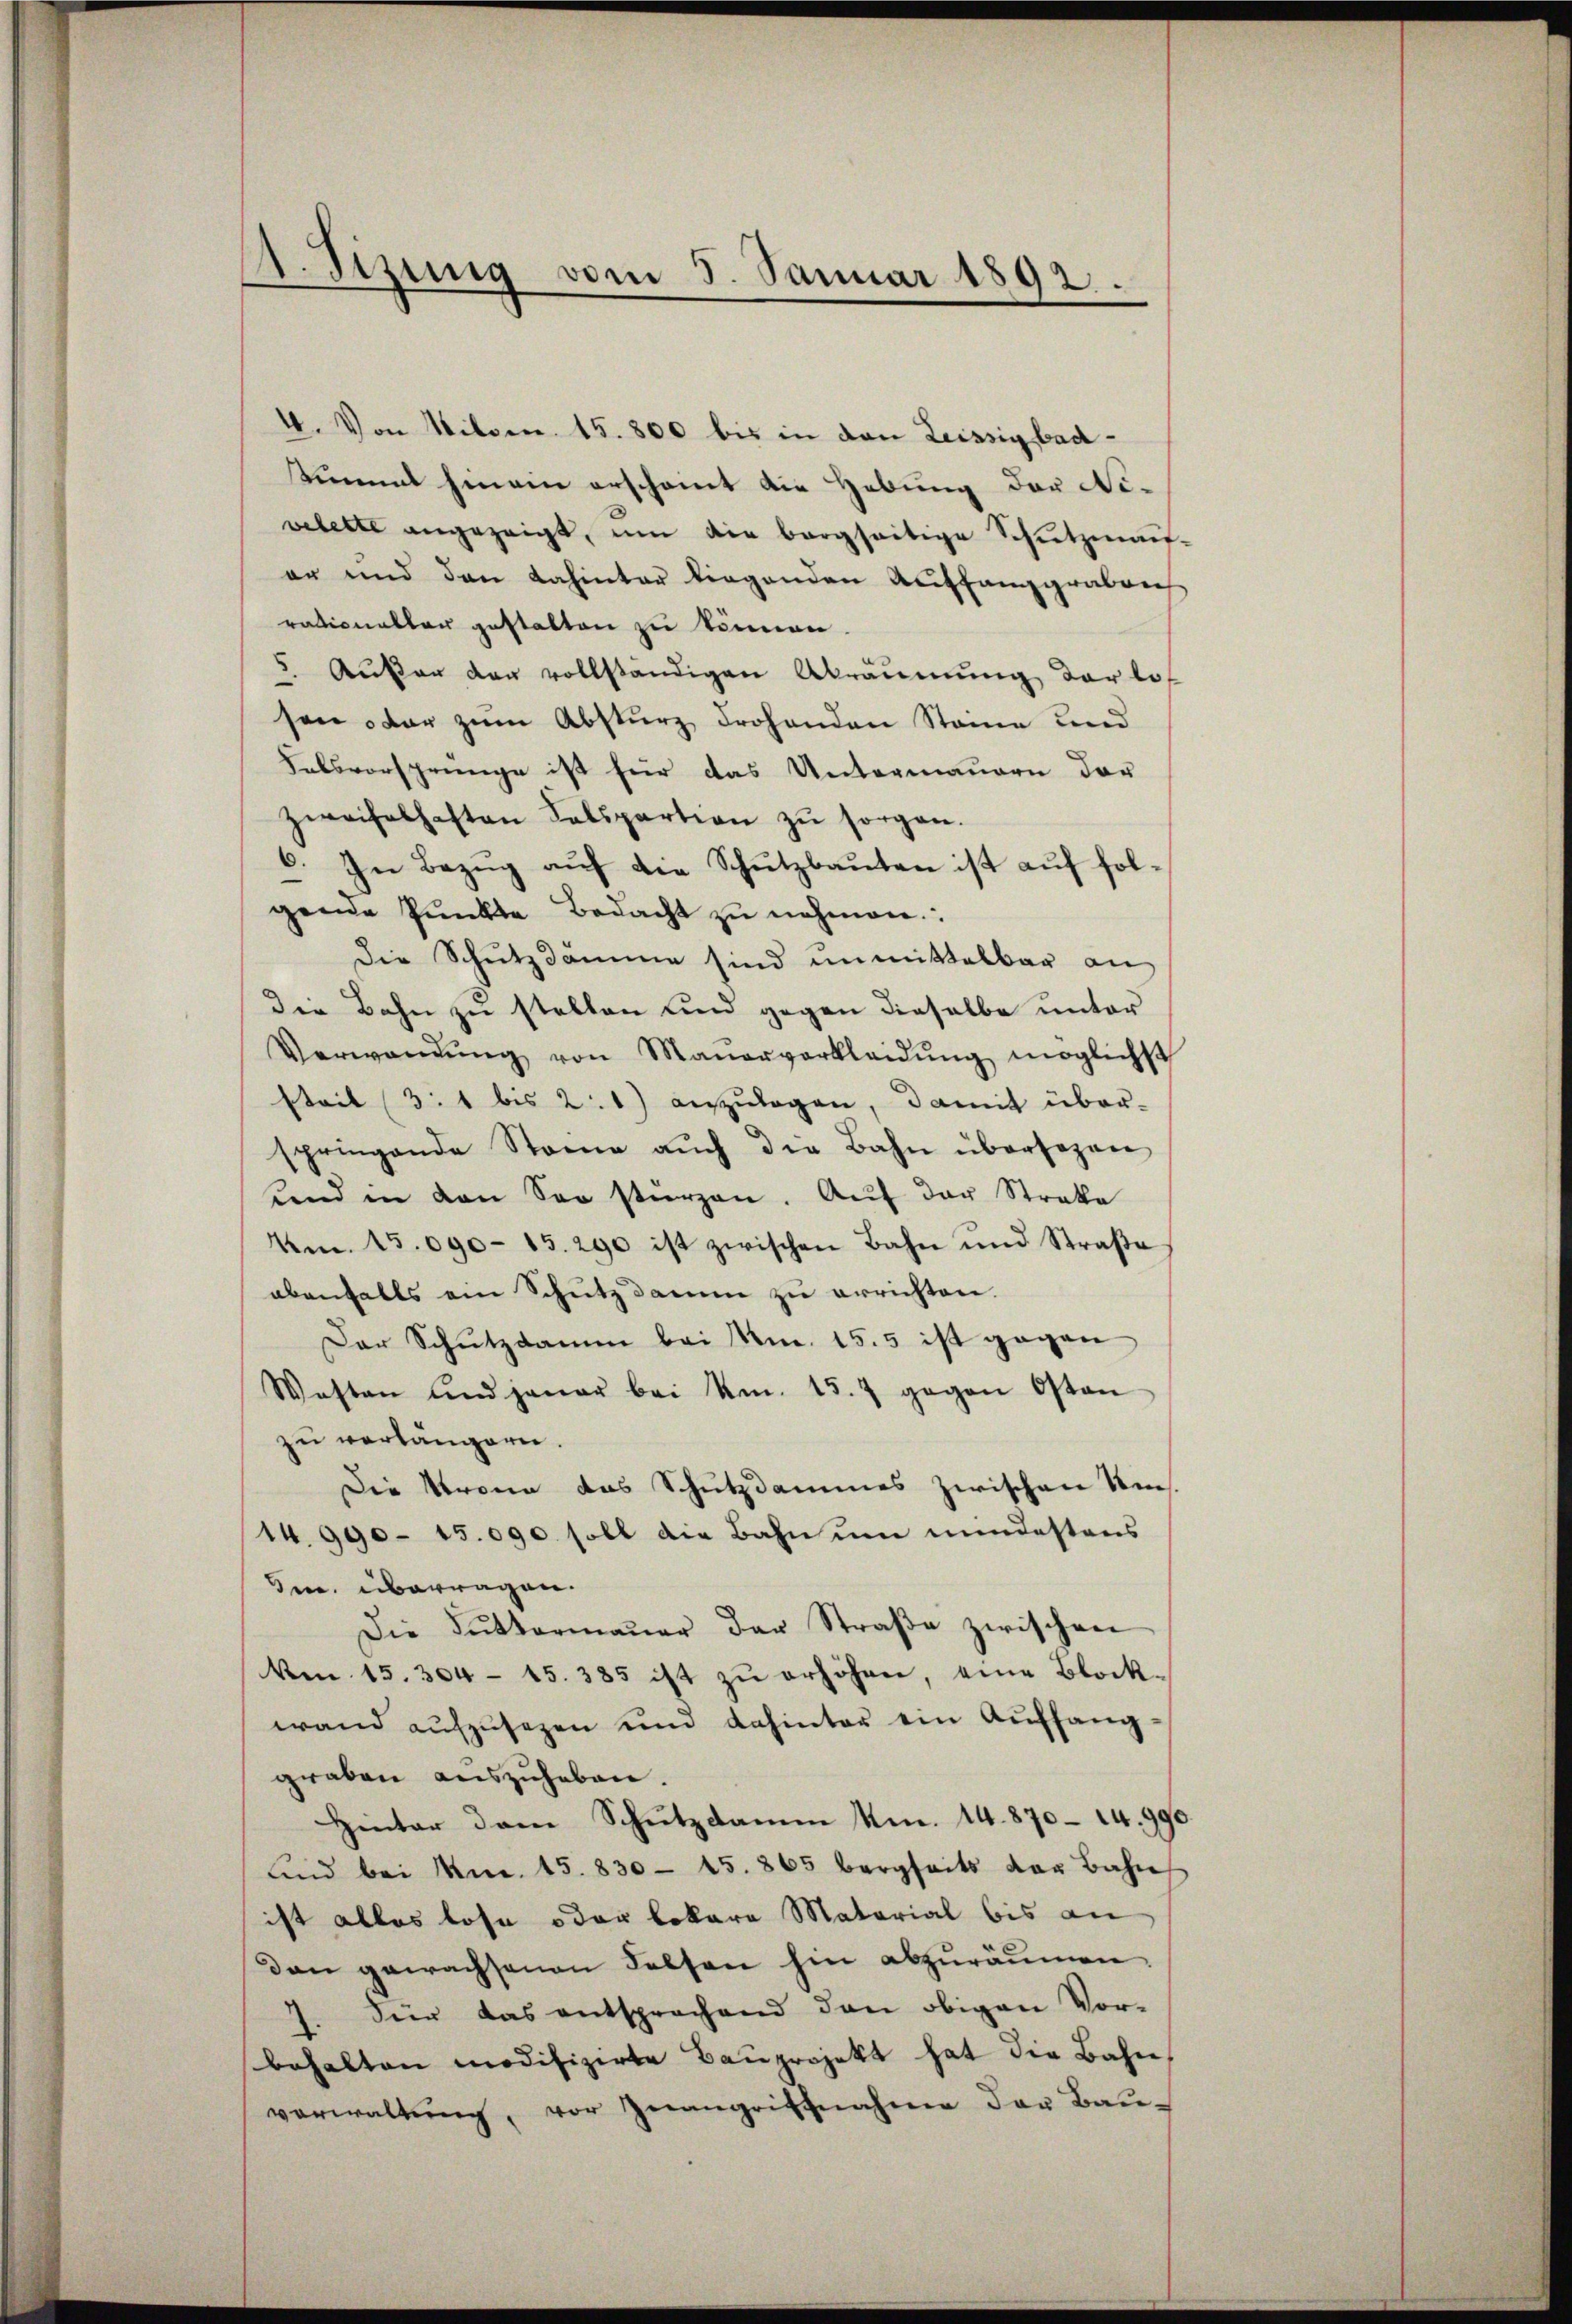
4. Von Milden 15. 800 bis in den Leissigbadtimmt hinein erscheint die Hebung der Nivelette angezeigt, um die bergseitige Schutzmann
er und den dahinter liegenden Auffangraben
rationaller gestatten zu können.
5. Außer der vollständigen Abräŭmŭng der los
sen oder zum Absturz frohenden Steine und
Felsvorsprünge ist für das Untermauern der
zweifelhaften Salspartion zŭ sorgen.
6. In Bezŭg aŭf die Schutzbauten ist auf folgende Pŭnkte Bedacht zŭ nehmen.
Die Schutzdämme sind unmittelbar an
Die Bahn zu stellen und gegen dieselbe unter
Verwandŭng von Mauerverkleidŭng möglichst
steit (3: 1 bis 2: 1) anzulagen, damit über-
springende Stome aŭch die Bahn übersezen
Kind in den Soo stürzen. Aŭf der Straka
Am. 15. 090- 15. 290 ist zwischen Bahn und Straβe
ebenfalls ein Schutz damm zu errichten.
Der Schutzdamm bei Mn. 155 ist gegen
Wasten und jener bei kn. 157 gegen Osten
zu verlängern.
Die Strone das Schutzdammes zwischen Ums
14. 990 - 15.090 soll die Bahn ŭm mindestens
m. überragen.
Die Sŭttermaṅer der Straβe zwischen
km 15. 304 - 15. 385 ist zŭ erhöhen, eine Block-
wand aufzusezen und dahinter ein Auffanggraben auszuheben.
Hinter dem Schutzdamm Nm. 14. 870 - 14. 99.
sind bei Mn. 15. 830 - 15. 865 bergseits der Bahn
ist alles lose oder lokare Material bis an
dan gewachsenen Felsen hin abzuräumen.
7. Sier das entsprochend den obigen Vor-
behalten modifizirte Bauprojekt hat die Bahn,
verwaltŭng, vor Znangriffnahme der Bau-

A. Tizung vom 5. Januar 1892.